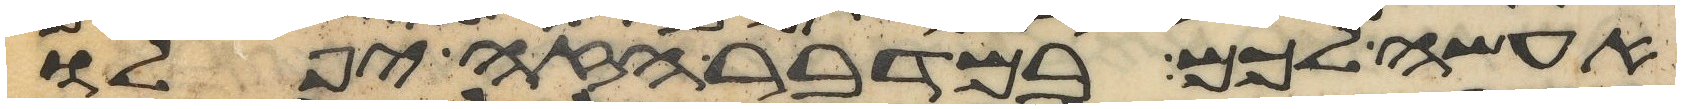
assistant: אעשה לכם במדבר הזה יפלו